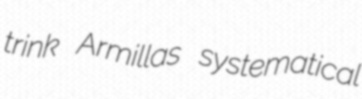
trink Armillas systematical